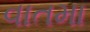
વાતમા